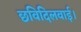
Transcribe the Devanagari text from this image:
छविदिलवाई।